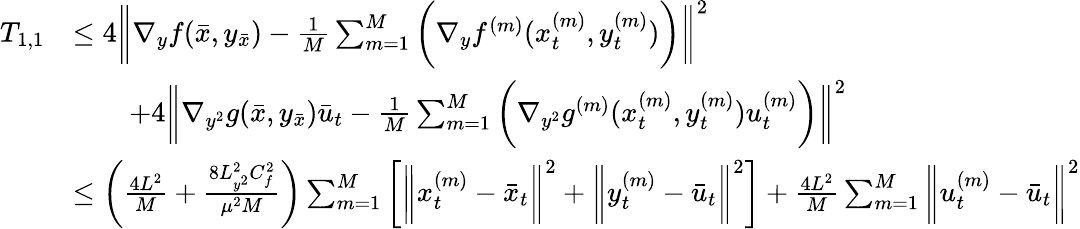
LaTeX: \begin{array}{rl}{T_{1,1}}&{\leq 4\bigg\| \nabla_{y}f(\bar{x},y_{\bar{x}})-\frac{1}{M}\sum_{m=1}^{M}\bigg(\nabla_{y}f^{(m)}(x_{t}^{(m)},y_{t}^{(m)})\bigg)\bigg\| ^{2}}\\ &{\qquad+4\bigg\| \nabla_{y^{2}}g(\bar{x},y_{\bar{x}})\bar{u}_{t}-\frac{1}{M}\sum_{m=1}^{M}\bigg(\nabla_{y^{2}}g^{(m)}(x_{t}^{(m)},y_{t}^{(m)})u_{t}^{(m)}\bigg)\bigg\| ^{2}}\\ &{\leq\bigg(\frac{4L^{2}}{M}+\frac{8L_{y^{2}}^{2}C_{f}^{2}}{\mu^{2}M}\bigg)\sum_{m=1}^{M}\bigg[\bigg\| x_{t}^{(m)}-\bar{x}_{t}\bigg\| ^{2}+\bigg\| y_{t}^{(m)}-\bar{u}_{t}\bigg\| ^{2}\bigg]+\frac{4L^{2}}{M}\sum_{m=1}^{M}\bigg\| u_{t}^{(m)}-\bar{u}_{t}\bigg\| ^{2}}\end{array}